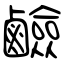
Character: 鹼